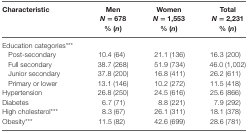
| Characteristic | MenN = 678% (n) | WomenN = 1,553% (n) | TotalN = 2,231% (n) |
 | --- | --- | --- | --- |
 | Education categories*** |  |  |  |
 | Post-secondary | 10.4 (64) | 21.1 (136) | 16.3 (200) |
 | Full secondary | 38.7 (268) | 51.9 (734) | 46.0 (1,002) |
 | Junior secondary | 37.8 (200) | 16.8 (411) | 26.2 (611) |
 | Primary or lower | 13.1 (146) | 10.2 (272) | 11.5 (418) |
 | Hypertension | 26.8 (250) | 24.5 (616) | 25.6 (866) |
 | Diabetes | 6.7 (71) | 8.8 (221) | 7.9 (292) |
 | High cholesterol*** | 8.3 (67) | 26.1 (311) | 18.1 (378) |
 | Obesity*** | 11.5 (82) | 42.6 (699) | 28.6 (781) |